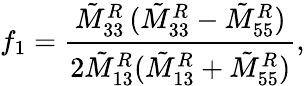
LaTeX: f_{1}=\frac{\tilde{M}_{33}^{R}\, (\tilde{M}_{33}^{R}-\tilde{M}_{55}^{R})}{2\tilde{M}_{13}^{R}(\tilde{M}_{13}^{R}+\tilde{M}_{55}^{R})},